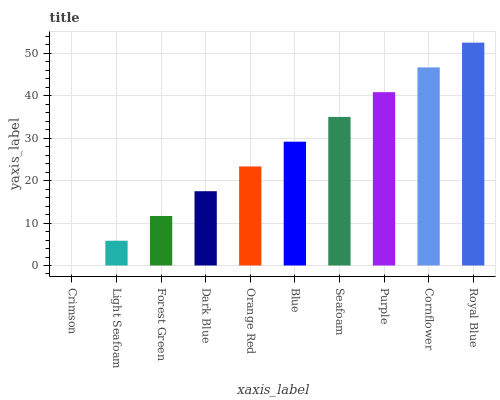
| xaxis_label | bars |
 | --- | --- |
 | Crimson | 0 |
 | Light Seafoam | 5.83 |
 | Forest Green | 11.7 |
 | Dark Blue | 17.5 |
 | Orange Red | 23.3 |
 | Blue | 29.2 |
 | Seafoam | 35 |
 | Purple | 40.8 |
 | Cornflower | 46.7 |
 | Royal Blue | 52.5 |